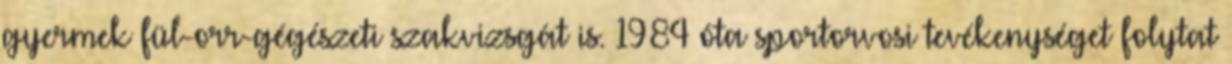
gyermek fül-orr-gégészeti szakvizsgát is. 1984 óta sportorvosi tevékenységet folytat